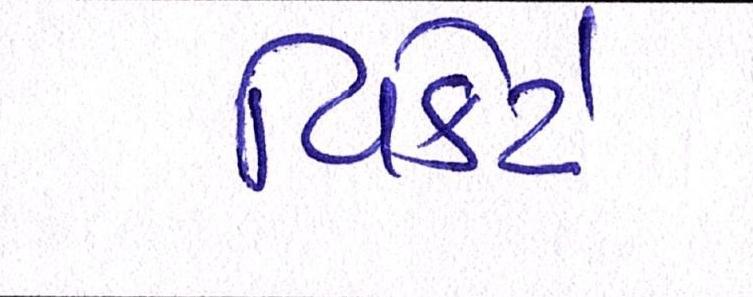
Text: વિકેટે